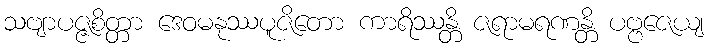
သဗျာပဇ္ဇစိတ္တာ ဒေဝမနုဿပူဇိတော ကာရိဿန္တိ ဇရာမရဏန္တိ ပဗ္ဗဇေယျ